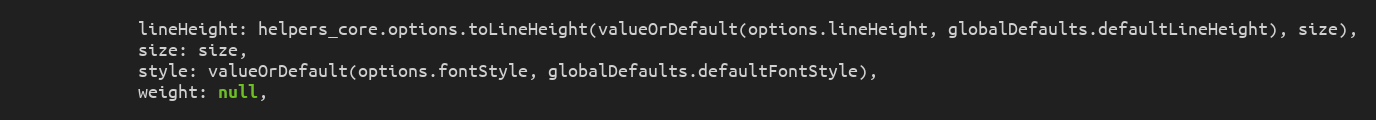
Language: JavaScript
			lineHeight: helpers_core.options.toLineHeight(valueOrDefault(options.lineHeight, globalDefaults.defaultLineHeight), size),
			size: size,
			style: valueOrDefault(options.fontStyle, globalDefaults.defaultFontStyle),
			weight: null,